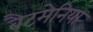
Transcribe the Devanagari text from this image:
बैटमेनिया